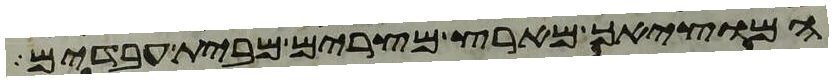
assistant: המוציאך מארץ מצרים מבית עבדים